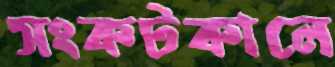
সংকটকালে